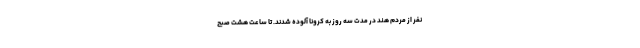
نفر از مردم هند در مدت سه روز به کرونا آلوده شدند. تا ساعت هشت صبح